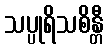
သပ္ပုရိသစိန္တီ